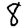
Digit: 8